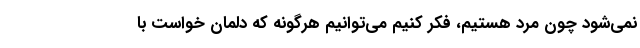
نمی‌شود چون مرد هستیم، فکر کنیم می‌توانیم هرگونه که دلمان خواست با